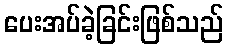
ပေးအပ်ခဲ့ခြင်းဖြစ်သည်